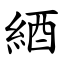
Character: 綇